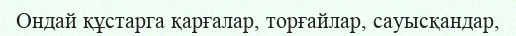
Ондай құстарга қарғалар, торғайлар, сауысқандар,